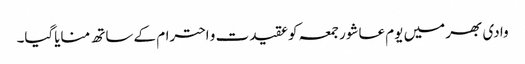
وادی بھر میں یوم عاشور جمعہ کوعقیدت و احترام کے ساتھ منایاگیا۔